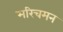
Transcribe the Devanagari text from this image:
मरिचमन